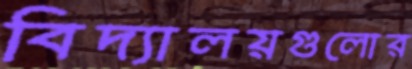
বিদ্যালয়গুলোর